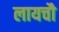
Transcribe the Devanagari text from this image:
लायचौ